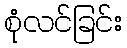
စုံလင်ခြင်း